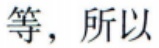
等，所以